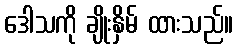
ဒေါသကို ချိုးနှိမ် ထားသည်။